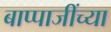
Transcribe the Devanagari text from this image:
बाप्पाजींच्या